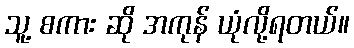
သူ့ စကား ဆို အကုန် ယုံလို့ရတယ်။